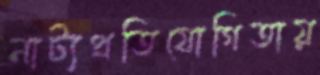
নাট্যপ্রতিযোগিতায়